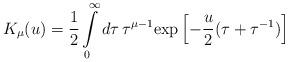
LaTeX: \begin{align*} K_\mu(u)=\frac 12 \int\limits_0^\infty d\tau\,\tau^{\mu-1}\mathrm{exp}\left[-\frac u2(\tau+\tau^{-1})\right]\end{align*}